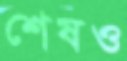
শেষও